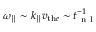
{ \omega _ { \parallel } } \sim k _ { \parallel } v _ { \mathrm { t h } e } \sim t _ { \mathrm { ~ n ~ l ~ } } ^ { - 1 }